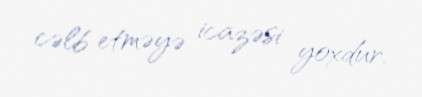
cəlb etməyə icazəsi yoxdur.